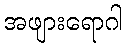
အဖျားရောဂါ